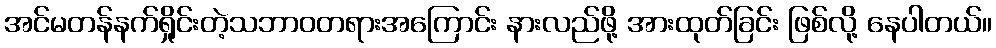
အင်မတန်နက်ရှိုင်းတဲ့သဘာဝတရားအကြောင်း နားလည်ဖို့ အားထုတ်ခြင်း ဖြစ်လို့ နေပါတယ်။